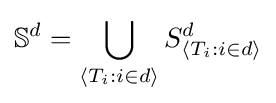
\mathbb {S} ^{d}=\bigcup _{\langle T_{i}:i\in d\rangle }S_{\langle T_{i}:i\in d\rangle }^{d}